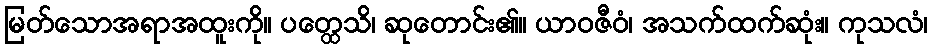
မြတ်သောအရာအထူးကို။ ပတ္ထေသိ၊ ဆုတောင်း၏။ ယာဝဇီဝံ၊ အသက်ထက်ဆုံး။ ကုသလံ၊